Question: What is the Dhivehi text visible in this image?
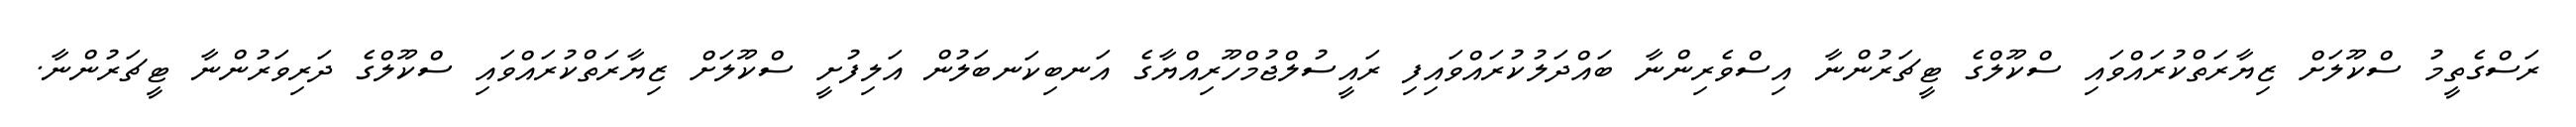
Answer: ރަސްގެތީމު ސްކޫލަށް ޒިޔާރަތްކުރައްވައި ސްކޫލްގެ ޓީޗަރުންނާ އިސްވެރިންނާ ބައްދަލުކުރައްވައިފި ރައީސުލްޖުމްހޫރިއްޔާގެ އަނބިކަނބަލުން އަލިފުށީ ސްކޫލަށް ޒިޔާރަތްކުރައްވައި ސްކޫލްގެ ދަރިވަރުންނާ ޓީޗަރުންނާ.